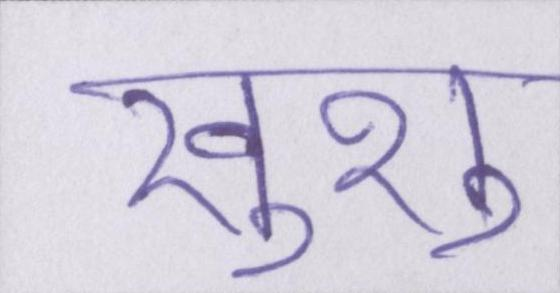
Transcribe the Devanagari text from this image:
खुशु